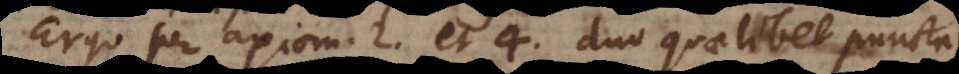
Ergo per axiom. 2. et 4. duo quaelibet puncta